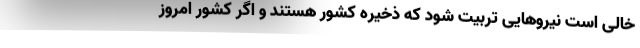
خالی است نیروهایی تربیت شود که ذخیره کشور هستند و اگر کشور امروز